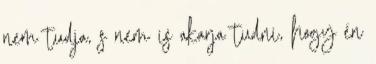
nem tudja, s nem is akarja tudni, hogy én